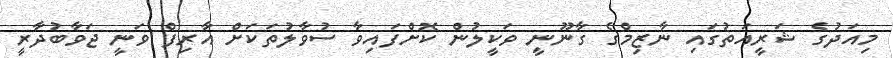
މިއަދުގެ ޝަރީއަތުގައި ނާޒިމްގެ ގާނޫނީ ވަކީލުން ކޮށްފައިވާ ސުވާލުތަކަށް އާރިފް ވަނީ ޖަވާބުދާރީ